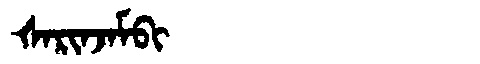
Manchu: ᡧᠠᡵᡳᠨᠵᠠᠮᠪᡳ
Romanization: ŠARINJAMBI